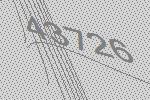
43726